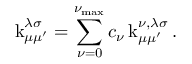
\operatorname { k } _ { \mu \mu ^ { \prime } } ^ { \lambda \sigma } = \sum _ { \nu = 0 } ^ { \nu _ { \mathrm { m a x } } } c _ { \nu } \operatorname { k } _ { \mu \mu ^ { \prime } } ^ { \nu , \lambda \sigma } .